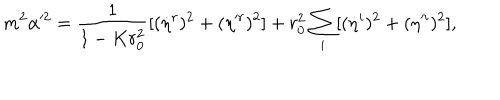
m ^ { 2 } \alpha ^ { 2 } = \frac { 1 } { 1 - K r _ { 0 } ^ { 2 } } [ ( \dot { \eta } ^ { r } ) ^ { 2 } + ( \eta ^ { r } ) ^ { 2 } ] + r _ { 0 } ^ { 2 } \sum _ { i } [ ( \dot { \eta } ^ { i } ) ^ { 2 } + ( \eta ^ { i } ) ^ { 2 } ] ,